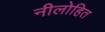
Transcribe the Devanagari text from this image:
नीलोहित